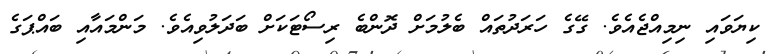
ކިޔަވައި ނިމިއްޖެއެވެ. ގޭގެ ހަރަދުތައް ބެލުމަށް ދޮންބެ ރިސޯޓަކަށް ބަދަލުވިއެވެ. މަންމައާއި ބައްޕަގެ